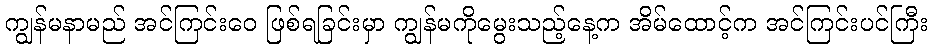
ကျွန်မနာမည် အင်ကြင်းဝေ ဖြစ်ရခြင်းမှာ ကျွန်မကိုမွေးသည့်နေ့က အိမ်ထောင့်က အင်ကြင်းပင်ကြီး